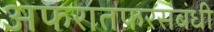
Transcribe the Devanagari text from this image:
अफरातफरसंबंधी